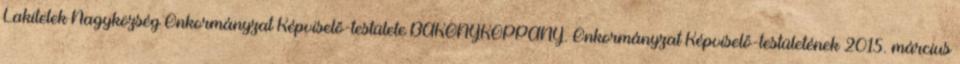
Lakitelek Nagyközség Önkormányzat Képviselő-testülete BAKONYKOPPÁNY. Önkormányzat Képviselő-testületének 2015. március